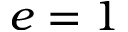
e = 1